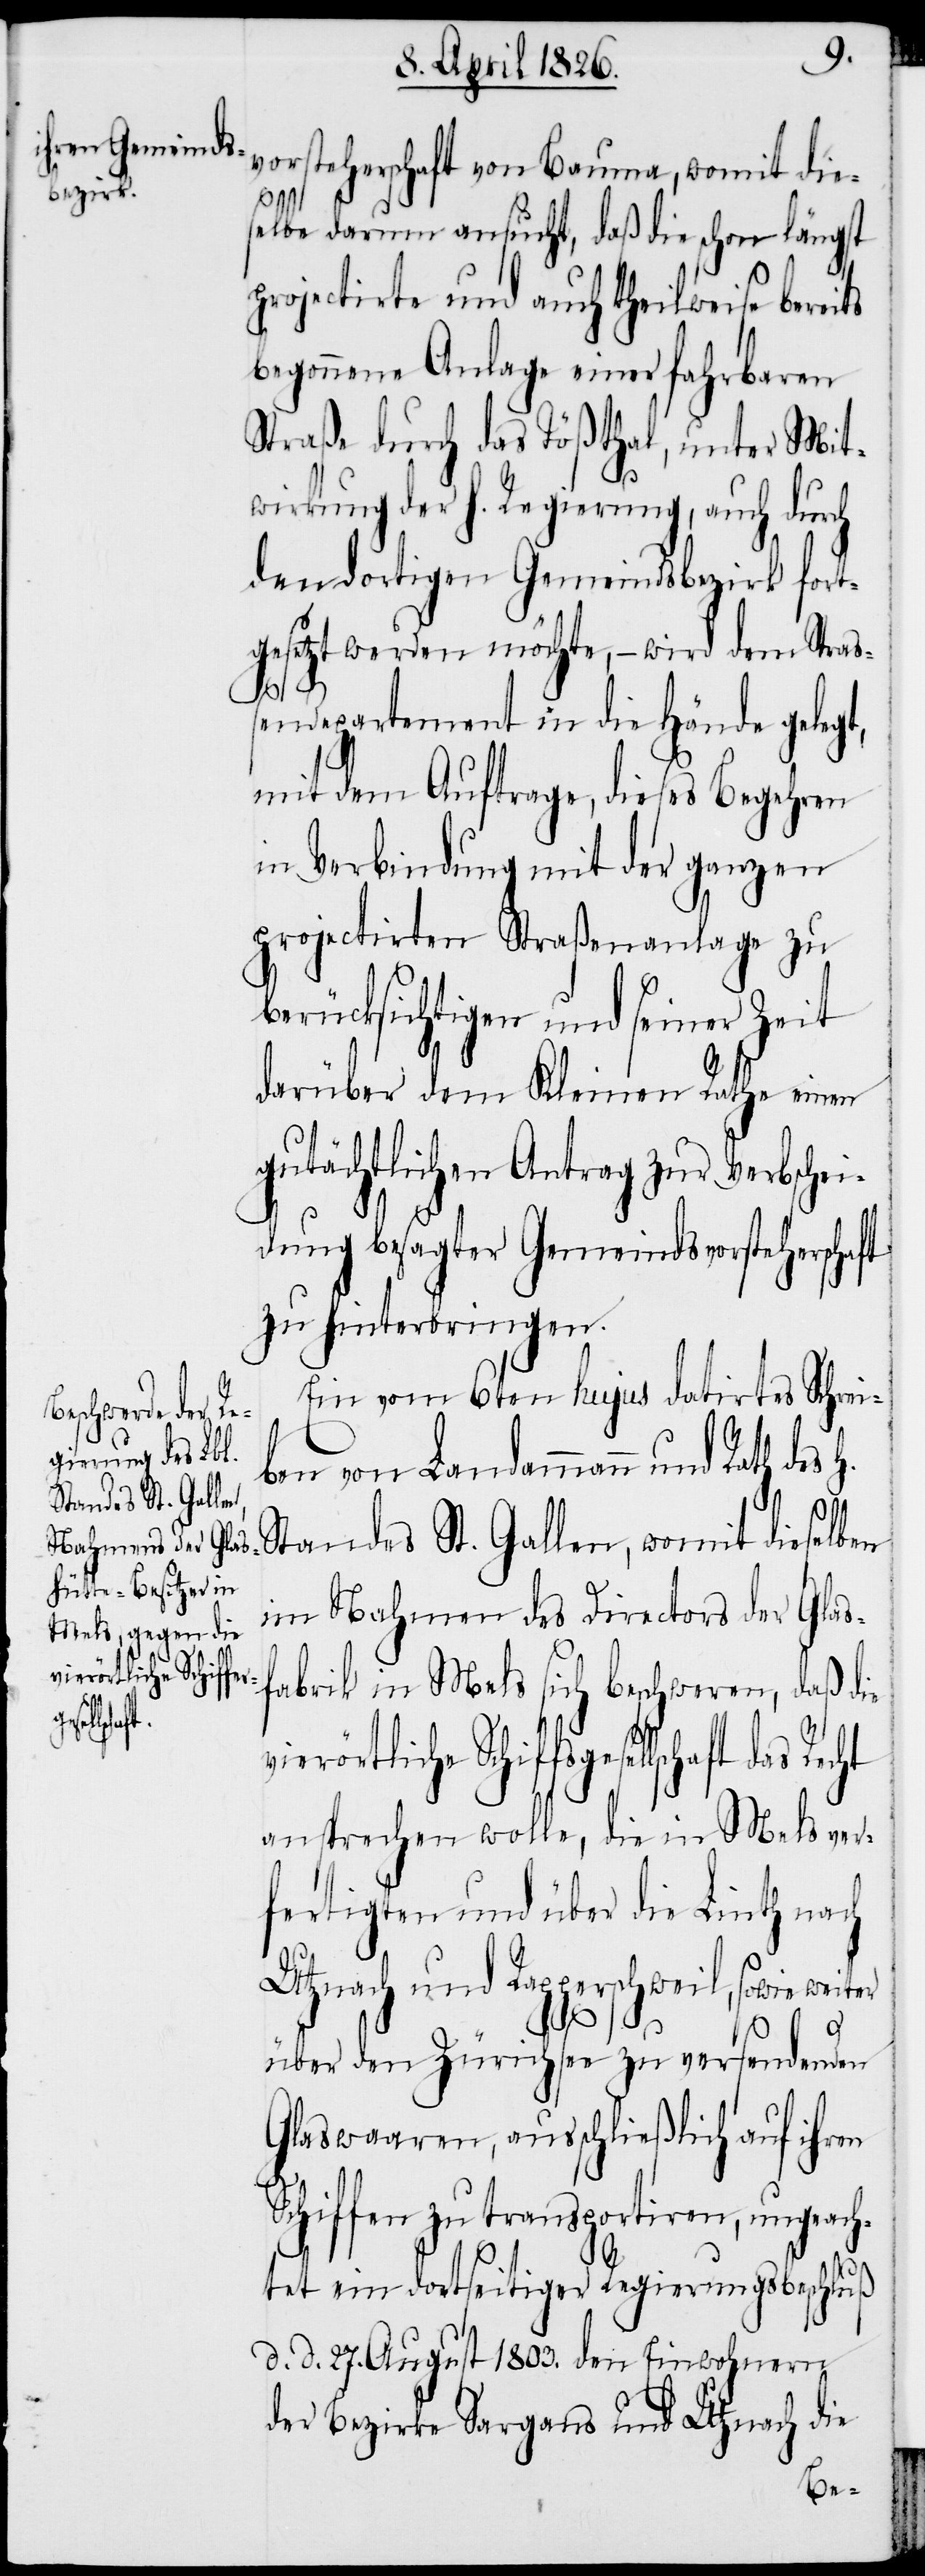
vierörtliche Schiffsg¬

vorsteherschaft von Bauma, womit die¬
selbe darum ansucht, daß die schon längst
projectirte und auch theilweise bereits
begonnene Anlage einer fahrbaren
Straße durch das Tößthal, unter Mit¬
wirkung der h. Regierung, auch durch
den dortigen Gemeindsbezirk fort¬
gesetzt werden möchte, – wird dem Straß¬
endepartement in die Hände gelegt,
mit dem Auftrage, dieses Begehren
in Verbindung mit der ganzen
projectirten Straßenanlage zu
berücksichtigen und seiner Zeit
darüber dem Kleinen Rathe einen
gutächtlichen Antrag zur Verbschei¬
dung besagter Gemeindsvorsteherschaft
zu hinterbringen.
Ein vom 6ten hujus datirtes Schrei¬
ben von Landammann und Rath
Standes St. Gallen, womit dieselben
im Nahmen des Directors der Glas¬
fabrik in Mels sich beschweren, daß die
esellschaft das Recht
ansprechen wolle, die ein Mels ver¬
fertigten und über die Linth nach
Utznach und Rapperschweil, sowie weiter
über den Zürichsee zu versendenden
Glaswaaren, ausschließlich auf ihren
chiffen zu transportiren, ungeac¬
htet ein dortseitiger Regierungsbeschluß
d. d. 27. August 1803. den Einwohnern
der Bezirke Sargans und Utznach die

S¬